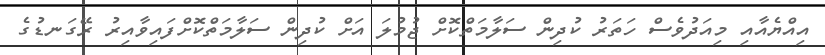
އިއްޔެއާއި މިއަދުވެސް ހަތަރު ކުދިން ސަލާމަތްކޮށް ޖުމުލަ އަށް ކުދިން ސަލާމަތްކޮށްފައިވާއިރު ރޭގަނޑުގެ